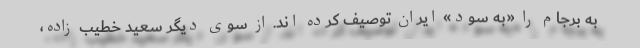
به برجام را «به سود» ایران توصیف کرده اند. از سوی دیگر سعید خطیب زاده،